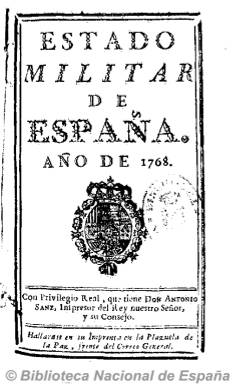
Título: Estado militar de España (Ed. en 16º)
Otros títulos: Estado militar de los Ejércitos de la Monarquía Española || Estado militar de España e Indias || Estado militar de España y Ultramar || Estado militar
Colección: Fuerzas armadas || Guías y directorios
Ámbito geográfico: Madrid
Lugar de publicación: Madrid
Fechas: 01/01/1768-31/12/1863

Con periodicidad anual, estuvo publicándose conjuntamente con el Kalendario manual y guía de forasteros en Madrid, desde 1768 a 1837, y desde este año hasta 1863, con Guía de forasteros de Madrid. También se publicó independientemente en una edición en 8º. Comenzó a estamparse, al igual que el Kalendario y, posteriormente, la Guía, primero con privilegio real, por Antonio Sanz, impresor del rey y su consejo, y después en la Real Imprenta de la Gazeta y en la Imprenta Real y en la Nacional.

Incluye la estructura organizativa de los ejércitos y de la marina de la monarquía española y la relación de quienes ostentaban sus órganos, instituciones y puestos de mando: Consejo Supremo de Guerra, Secretaría de Estado de Guerra de España y de Indias, tenientes generales, mariscales de campo, brigadieres, inspectores, intendentes, comisarios de guerra, auditores, tropa de la Casa Real, milicias urbanas cuando estas fueron creadas, estado militar de la Real Armada, encomiendas de las cuatro órdenes militares, regimientos y cuerpos del ejército, estado militar de América, así como normativas y reglamentos específicos.

Con la guerra contra los ejércitos napoleónicos, para el año 1811 fue estampado por D. Miguel Segovia, impresor de la Real Marina, en Cádiz,  y su redactor tuvo las consecuentes dificultades para elaborarlo por la falta de comunicaciones. Esta edición incluirá la división de los ejércitos españoles que defendieron la causa de Fernando VII, así como la relación de los diputados a las Cortes constituyentes de Cádiz.

Durante el trienio liberal (1821, 1822 y 1823) se tituló Estado militar de los ejércitos de la monarquía española, y para el de 1824 se tuvo en cuenta no incluir a los miembros del ejército “purificados” y sí a los nuevos nombramientos que llevó a cabo Fernando VII. Después cambiará su título por Estado militar de España y Ultramar, saliendo de las prensas de la Imprenta Nacional.

Se trata de una publicación con información básica para el conocimiento de las estructuras organizativas del ejército y la marina española del antiguo régimen y su evolución hacia las del nuevo Estado liberal que empezó a constituirse desde 1812. Esta publicación será continuada luego por Anuario militar de España, publicado entre 1890 y 1936.